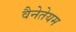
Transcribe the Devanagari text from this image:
वैनेतेयम